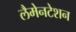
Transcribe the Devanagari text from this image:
लैमेनटेशन